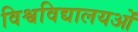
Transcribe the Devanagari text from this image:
विश्वविद्यालयओं